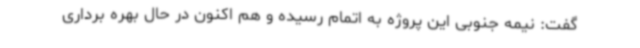
گفت: نیمه جنوبی این پروژه به اتمام رسیده و هم اکنون در حال بهره برداری